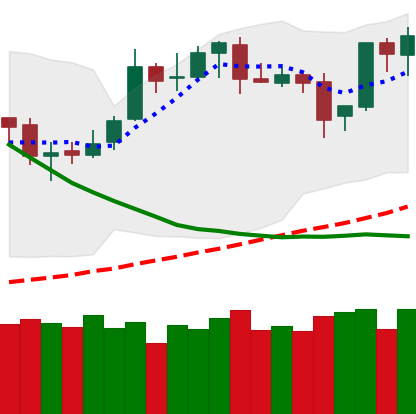
Ticker: BTC-USD
Chart end date: 2019-03-29
Forward return: 21.341%
Label: up_7plus